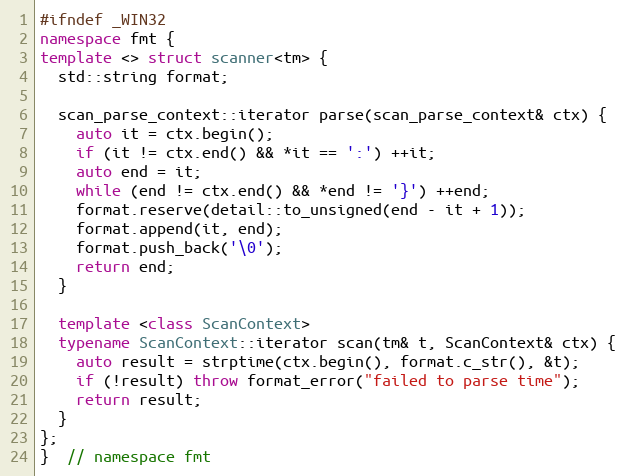
Language: C++
#ifndef _WIN32
namespace fmt {
template <> struct scanner<tm> {
  std::string format;

  scan_parse_context::iterator parse(scan_parse_context& ctx) {
    auto it = ctx.begin();
    if (it != ctx.end() && *it == ':') ++it;
    auto end = it;
    while (end != ctx.end() && *end != '}') ++end;
    format.reserve(detail::to_unsigned(end - it + 1));
    format.append(it, end);
    format.push_back('\0');
    return end;
  }

  template <class ScanContext>
  typename ScanContext::iterator scan(tm& t, ScanContext& ctx) {
    auto result = strptime(ctx.begin(), format.c_str(), &t);
    if (!result) throw format_error("failed to parse time");
    return result;
  }
};
}  // namespace fmt